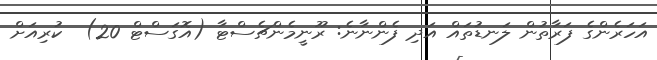
އަހަރެންގެ ފަރާތުން ލަނޑުތައް އަދި ފެންނާނެ: ރޫނީމެންޗެސްޓާ (އޮގަސްޓް 20)  ކުރިއަށް